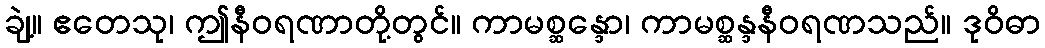
ချဲ့။ ဧတေသု၊ ဤနီဝရဏာတို့တွင်။ ကာမစ္ဆန္ဒော၊ ကာမစ္ဆန္ဒနီဝရဏသည်။ ဒုဝိဓာ